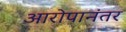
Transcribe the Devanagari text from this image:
आरोपानंतर